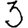
Digit: 3